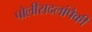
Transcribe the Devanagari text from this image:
पोलीसदलांपैकी